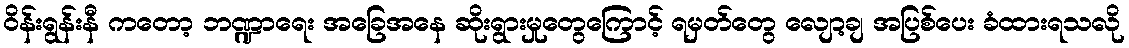
ဝိန်းရွန်းနီ ကတော့ ဘဏ္ဍာရေး အခြေအနေ ဆိုးရွားမှုတွေကြောင့် ရမှတ်တွေ လျော့ချ အပြစ်ပေး ခံထားရသလို